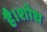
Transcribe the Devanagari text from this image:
है।शोध